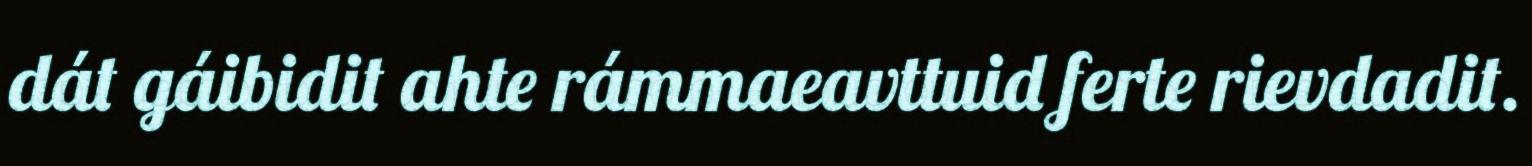
dát gáibidit ahte rámmaeavttuid ferte rievdadit.